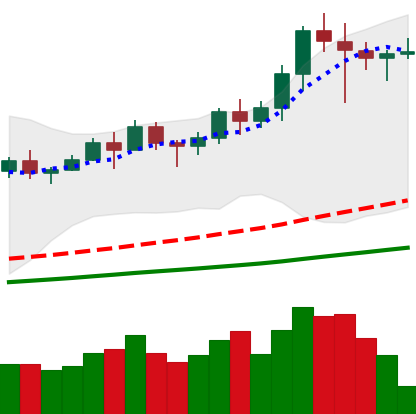
Ticker: LINK-USD
Chart end date: 2021-02-18
Forward return: -20.471%
Label: down_7plus